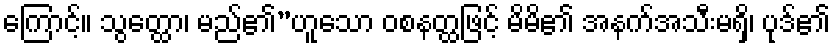
ကြောင့်။ သွတ္ထော၊ မည်၏”ဟူသော ဝစနတ္ထဖြင့် မိမိ၏ အနက်အသီးမရှိ၊ ပုဒ်၏